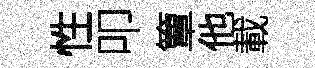
性叩簟他載